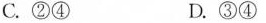
C.②④ D.③④